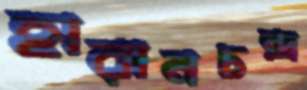
হারানচন্দ্র